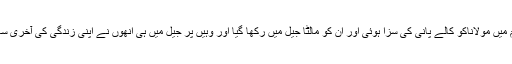
اس جرم میں مولاناکو کالے پانی کی سزا ہوئی اور ان کو مالٹا جیل میں رکھا گیا اور وہیں پر جیل میں ہی انھوں نے اپنی زندگی کی آخری سانس لی۔